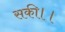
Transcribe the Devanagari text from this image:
सकी।।